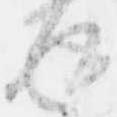
返